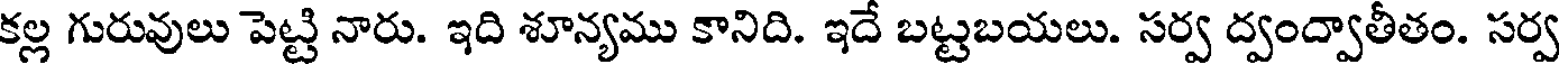
కల్ల గురువులు పెట్టి నారు. ఇది శూన్యము కానిది. ఇదే బట్టబయలు. సర్వ ద్వంద్వాతీతం. సర్వ